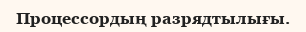
Процессордың разрядтылығы.